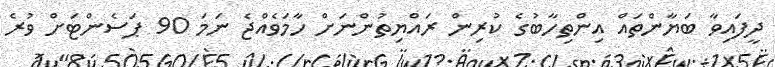
ދީފައިވާ ބަޔާންތައް އިންތިހާބުގެ ކުރިން ރައްޔިތުންނަށް ހާމަވެއްޖެ ނަމަ 90 ޕަސެންޓަށް ވުރެ